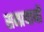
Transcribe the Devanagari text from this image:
सम्प्रयायों